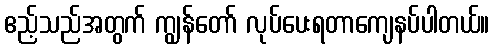
ဧည့်သည်အတွက် ကျွန်တော် လုပ်ပေးရတာကျေနပ်ပါတယ်။